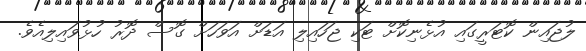
ލުޖައިން ކޮޓަރީގައި އުޅެނިކޮށް ޓަކި ޖަހައިލި އަޑަށް އަވަހަށް ގޮސް ދޮރު ހުޅުވައިލިއެވެ.